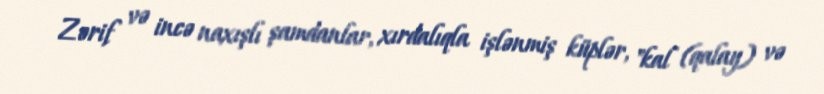
Zərif və incə naxışlı şamdanlar, xırdalıqla işlənmiş küplər, "kal (qalay) və